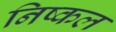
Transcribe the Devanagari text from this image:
निष्कल